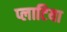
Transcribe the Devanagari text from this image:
प्लाटिया